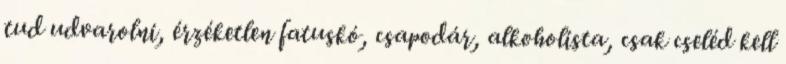
tud udvarolni, érzéketlen fatuskó, csapodár, alkoholista, csak cseléd kell